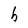
Character: h